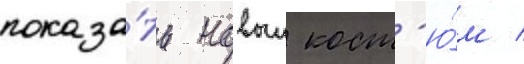
показа́ть новыи кост'ю́м /